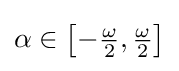
\alpha \in {\bigl [}{-{\tfrac {\omega }{2}}},{\tfrac {\omega }{2}}{\bigr ]}